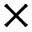
\times